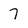
Character: 7